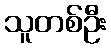
သူတစ်ဦး